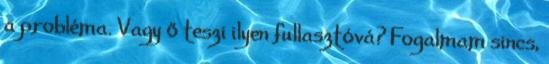
a probléma. Vagy ő teszi ilyen fullasztóvá? Fogalmam sincs,